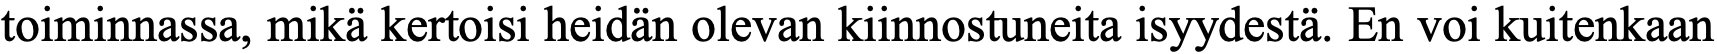
toiminnassa, mikä kertoisi heidän olevan kiinnostuneita isyydestä. En voi kuitenkaan